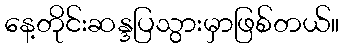
နေ့တိုင်းဆန္ဒပြသွားမှာဖြစ်တယ်။